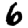
Digit: 6